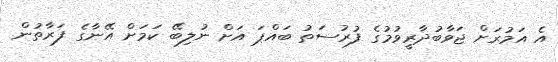
އެ އަމުރަށް ޖަވާބުދާރީވުމުގެ ފުރުސަތު ބައްޕަ އަށް ނުލިބޭ ކަމަށް އޭނާގެ ފަރާތުން